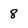
Character: 8